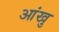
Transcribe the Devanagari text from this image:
आंखु